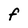
Character: F